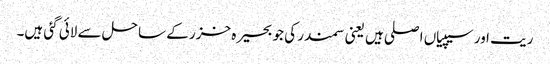
ریت اور سیپیاں اصلی ہیں یعنی سمندر کی جو بحیرہ خزر کے ساحل سے لائی گئی ہیں۔